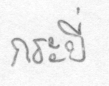
กระบี่